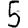
Digit: 5